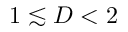
1 \lesssim D < 2